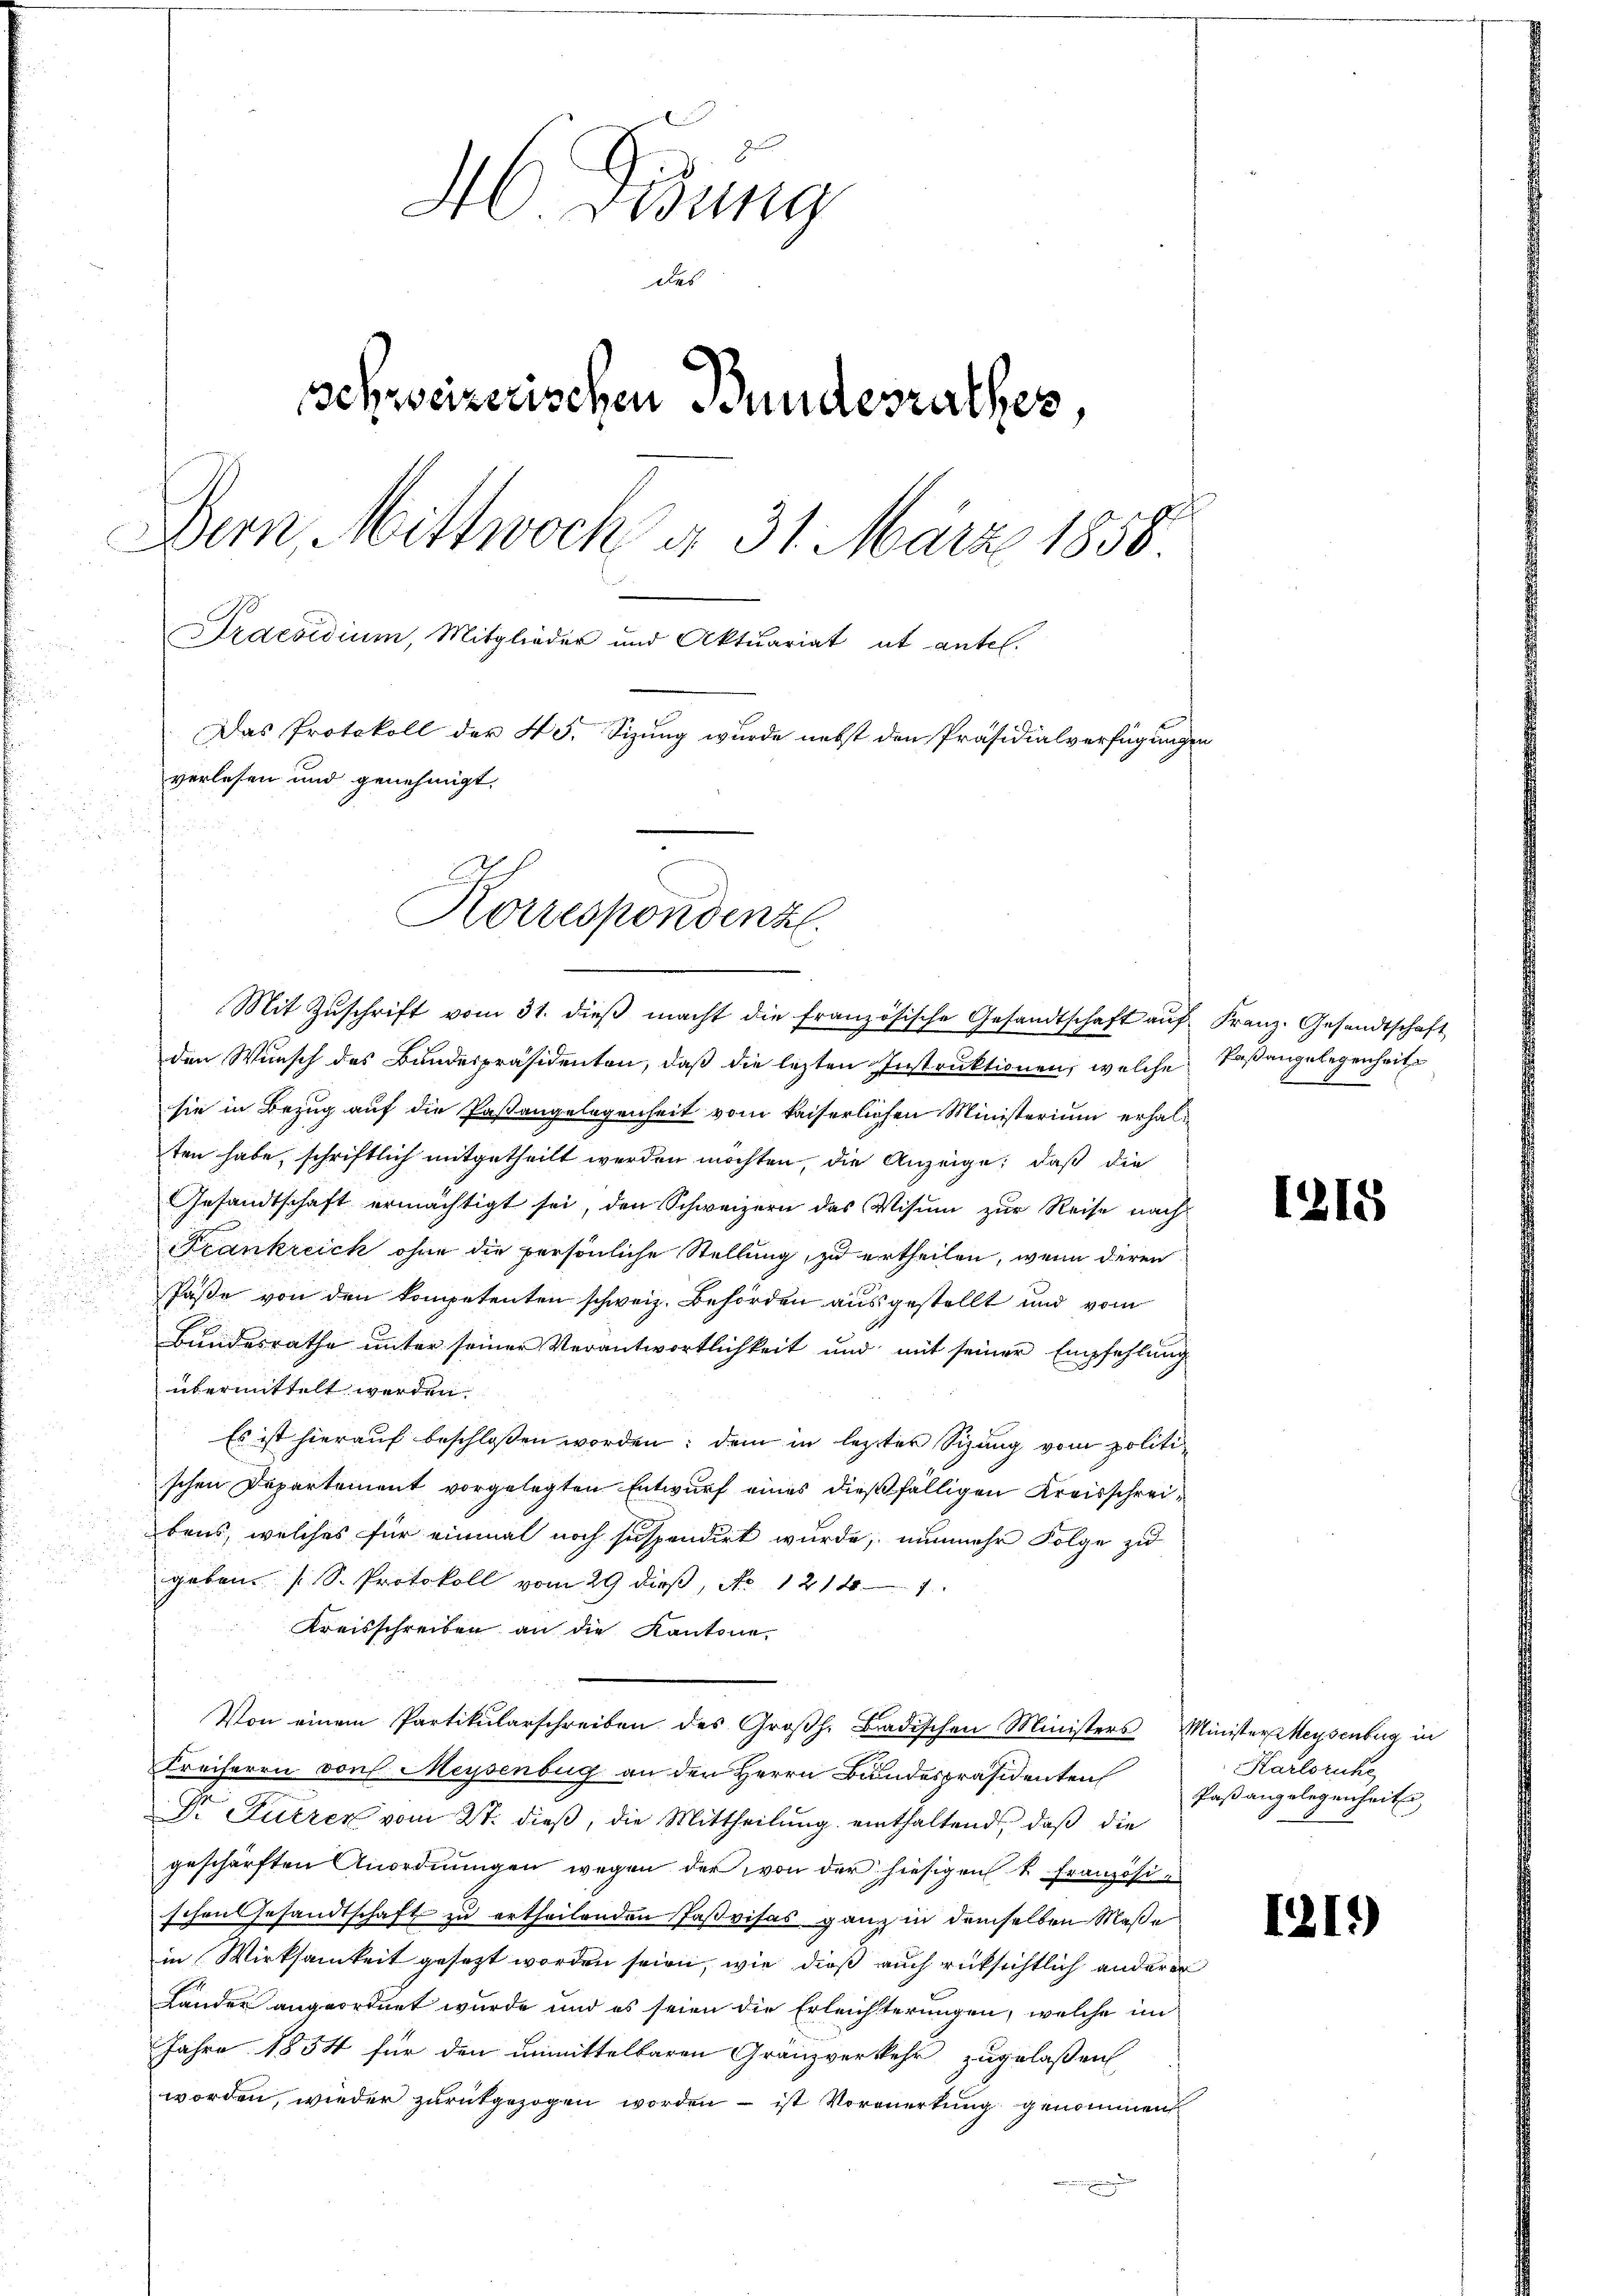
M.Disung
des
schweizerischen Bundesrathes,
Bern, Mittwoch d. 31. März 1858.
1
Praesidium, Mitglieder und Aktuariat ut antel.
Das Protokoll der 45. Sizung wurde nebst den Präsidialverfügungen
verlesen und genehmigt.

Mit Zŭschrift vom 31. dieβ macht die französische Gesandtschaft aŭf Franz. Gesandtschaft
den Wunsch des Bundespräsidenten, daß die lezten Instruktionen, welche Paßangelegenheit
sie in Bezug auf die Pastangelegenheit vom kaiserlichen Ministerium erhalten habe, schriftlich mitgetheilt werden möchten, die Anzeige, daß die
Gesandtschaft ermächtigt sei, den Schweizern das Visum zur Reise nach
i
Frankreich ohne die persönliche Stellung, zu ertheilen, wenn deren
d
Paße von den kompetenten schweiz. Behörden ausgestellt und vom
Bundesrathe unter seiner Verantwortlichkeit und mit seiner Empfehlung
übermittelt werden.
Es ist hierauf beschlossen worden; dem in lezter Sizung vom politischen Departement vorgelegten Entwurf eines dießfälligen Kreisschreibens, welches für einmal noch suspendirt wurde, nunmehr Folge zu
geben (S. Protokoll vom 29 dieß, No 121881
Kreisschreiben an die Kantone
Von einem Partikularschreiben des Großh. Badischen Ministers Minister Meysenburg in
Freiherrn von Meysenburg an der Herrn Bundespräsidenten
Dr Furren vom 2t. dieß, die Mittheilung einthaltend, daß die
geschärften Anordnungen wegen der von der hiesigen k. Französischen Gesandtschaft zu ertheilenden Paßvisas ganz in demselben Maße
in Wirksamkeit gesezt worden seien, wie dieß auch rüksichtlich anderer
Lander angeordnet wurde und es seien die Erleichterungen, welche im
Jahre 1854 für den unmittelbaren Gränzverkehr zugelaßen
worden, wieder zurückgezogen worden – ist Vormerkung genommen
.

Korrespondenz

1215

Karlsruhe
Paßangelegenheite

1219)